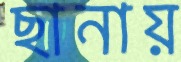
ছানায়